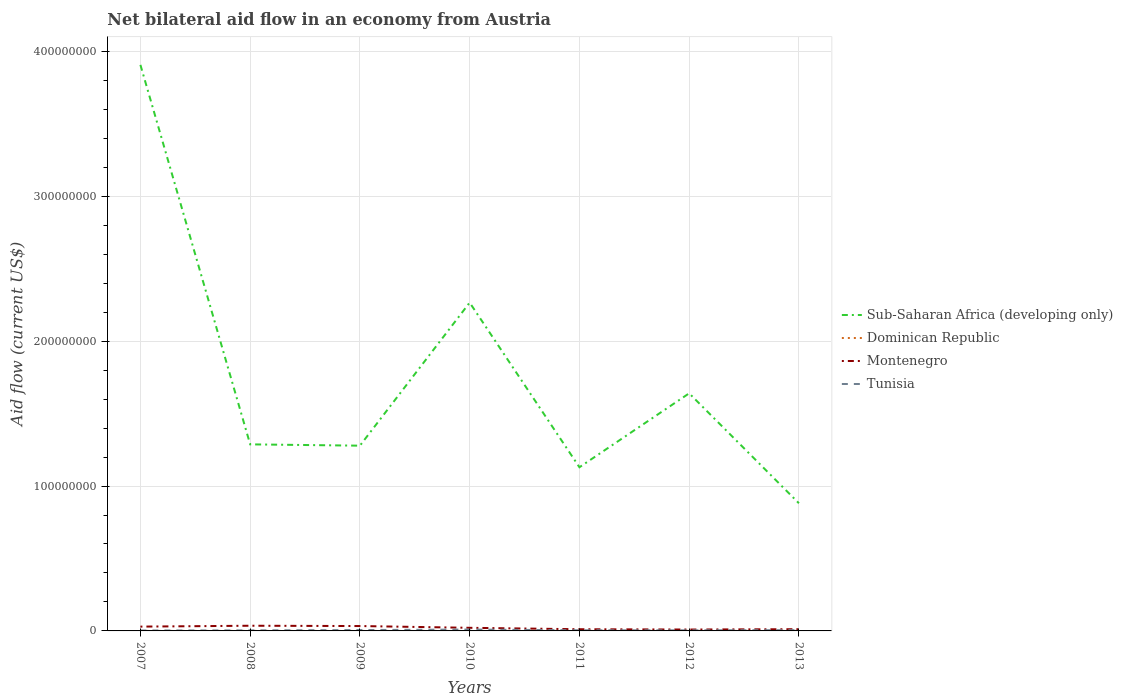
| Years | Sub-Saharan Africa (developing only) | Dominican Republic | Montenegro | Tunisia |
 | --- | --- | --- | --- | --- |
 | 2007 | 3.91e+08 | 1e+04 | 2.97e+06 | 2.7e+05 |
 | 2008 | 1.29e+08 | 2e+04 | 3.58e+06 | 3.7e+05 |
 | 2009 | 1.28e+08 | 1e+04 | 3.37e+06 | 6e+05 |
 | 2010 | 2.27e+08 | 2e+04 | 2.15e+06 | 9.5e+05 |
 | 2011 | 1.13e+08 | 3e+04 | 1.16e+06 | 4.4e+05 |
 | 2012 | 1.64e+08 | 4e+04 | 9.6e+05 | 4e+05 |
 | 2013 | 8.81e+07 | 3e+04 | 1.19e+06 | 5.3e+05 |